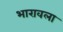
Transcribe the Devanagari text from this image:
भारावला